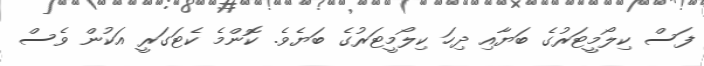
ފަސް ކިލޯމީޓަރުގެ ބަޔާއި ދިހަ ކިލޯމީޓަރުގެ ބަޔެވެ. ކޮންމެ ކެޓަގަރީ އަކުން ވެސް